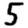
Digit: 5